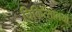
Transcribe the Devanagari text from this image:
चिकित्सालयो